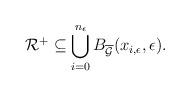
LaTeX: \begin{align*}{\mathcal R}^+ \subseteq \bigcup_{i = 0}^{n_{\epsilon}} B_{\overline{\mathcal G}}(x_{i,\epsilon} , \epsilon).\end{align*}